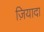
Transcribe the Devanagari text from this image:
ज़ियादा